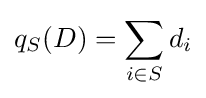
q_{S}(D)=\sum _{i\in S}{d_{i}}